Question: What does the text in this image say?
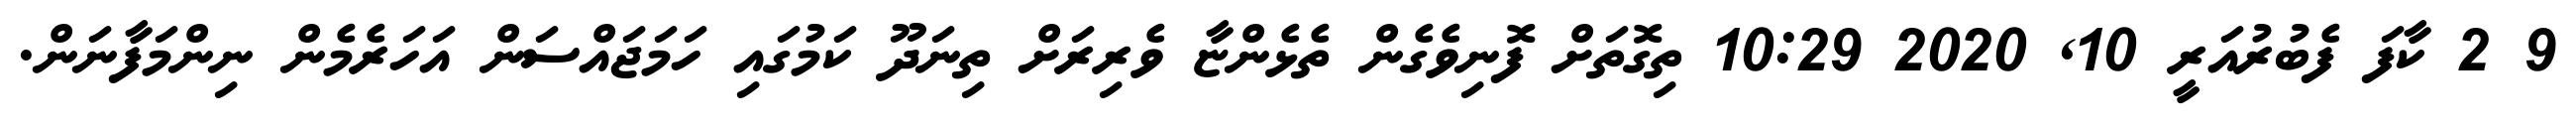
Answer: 9 2 ކާފަ ފެބުރުއަރީ 10, 2020 10:29 ތިގޮތަށް ފޮނިވެގެން ތެޅެންޏާ ވެރިރަށް ތިނަދޫ ކަމުގައި ހަމަޖައްސަން އަހަރެމެން ނިންމަފާނަން.